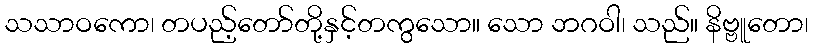
သသာဝကော၊ တပည့်တော်တို့နှင့်တကွသော။ သော ဘဂဝါ၊ သည်။ နိဗ္ဗူတော၊